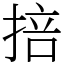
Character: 掊